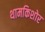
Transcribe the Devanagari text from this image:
थामकिशोर